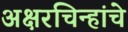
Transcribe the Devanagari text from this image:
अक्षरचिन्हांचे